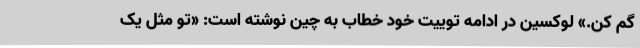
گم کن.» لوکسین در ادامه توییت خود خطاب به چین نوشته است: «تو مثل یک